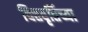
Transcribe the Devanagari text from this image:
चित्तवृतिंच्या